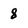
Character: 8